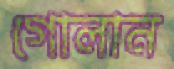
গোলান